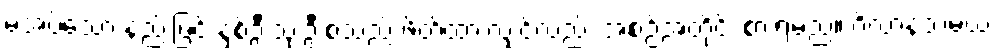
မအပ်သော နည်းဖြင့် နှစ်ဦးသုံးဦးစသည် ဖိတ်ထားလျှင်လည်း အစဉ်အတိုင်း စားရမည်။ ဂိလာနသမယ